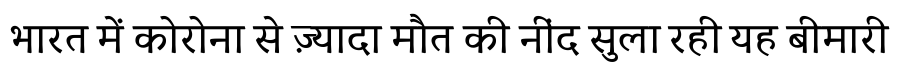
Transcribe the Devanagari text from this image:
भारत में कोरोना से ज़्यादा मौत की नींद सुला रही यह बीमारी